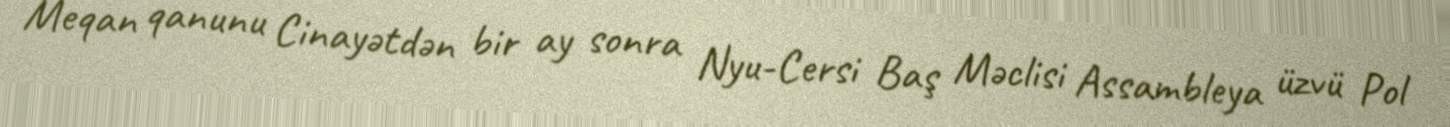
Meqan qanunu Cinayətdən bir ay sonra Nyu-Cersi Baş Məclisi Assambleya üzvü Pol